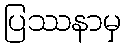
ပြဿနာမှ